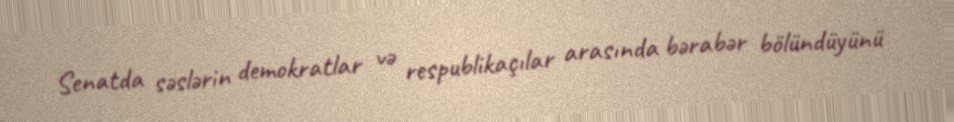
Senatda səslərin demokratlar və respublikaçılar arasında bərabər bölündüyünü